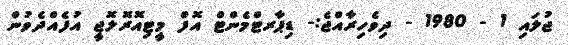
ޖުލައި 1 - 1980 - ދިވެހިރާއްޖެ:- ޑިޕާރޓްމެންޓް އޮފް މީޓިއޮރޮލޮޖީ އުފެއްދެވުން